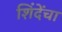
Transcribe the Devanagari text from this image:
शिंदेंचा